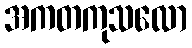
အကတကုသလော